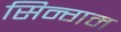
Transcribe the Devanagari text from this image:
सिन्गम